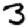
Digit: 3